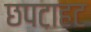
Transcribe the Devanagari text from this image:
छपटाहट